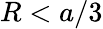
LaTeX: R<a/3